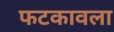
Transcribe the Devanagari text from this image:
फटकावला